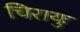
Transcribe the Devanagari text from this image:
चिरायुः